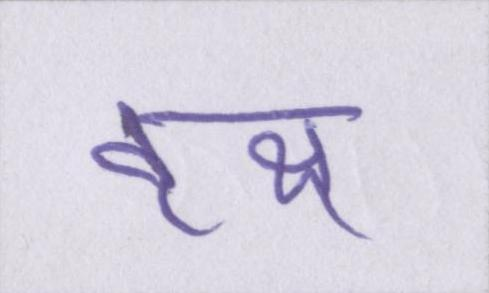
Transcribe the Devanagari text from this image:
वृक्ष